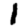
Digit: 1